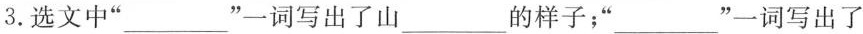
3.选文中”___”一词写出了山___的样子；“___”一词写出了